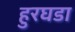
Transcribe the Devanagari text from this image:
हुरघडा